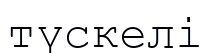
түскелі